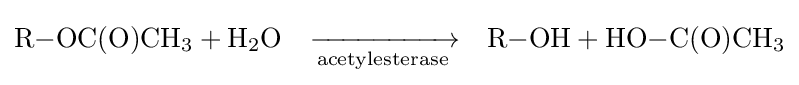
{\ce {R-OC(O)CH3 + H2O}}\quad {\xrightarrow[{\text{acetylesterase}}]{}}\quad {\ce {R-OH + HO-C(O)CH3}}